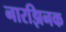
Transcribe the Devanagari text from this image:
नारझिनक